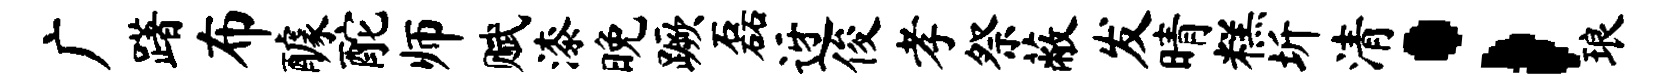
广躇布醵酡师赋漆晚蹶磊迓俊孝祭蔽发晴糕圻清；琅